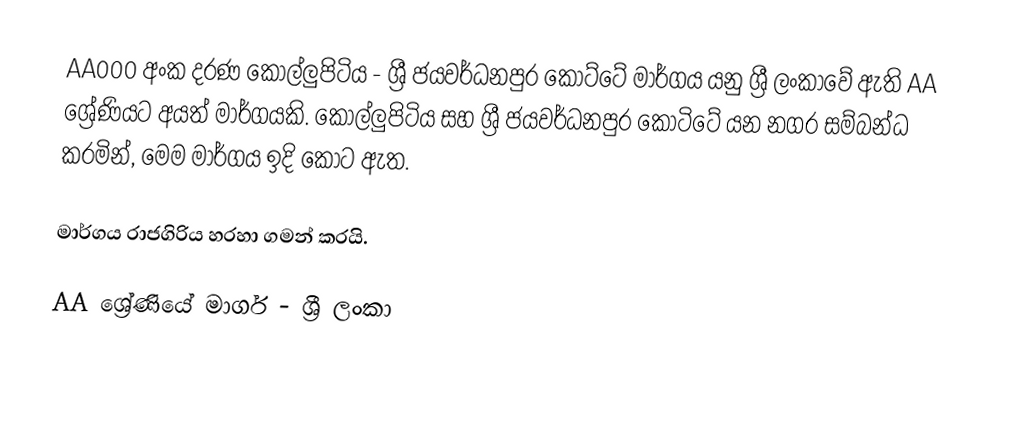
AA000 අංක දරණ කොල්ලුපිටිය - ශ්‍රී ජයවර්ධනපුර කෝට්ටේ මාර්ගය යනු ශ්‍රී ලංකාවේ ඇති AA ශ්‍රේණියට අයත් මාර්ගයකි. කොල්ලුපිටිය සහ ශ්‍රී ජයවර්ධනපුර කෝටිටේ යන නගර සම්බන්ධ කරමින්, මෙම මාර්ගය ඉදි කොට ඇත.

මාර්ගය රාජගිරිය හරහා ගමන් කරයි.

AA ශ්‍රේණියේ මාර්ග - ශ්‍රී ලංකා